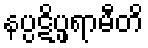
နပ္ပဋိပ္ဖရာမီတိ